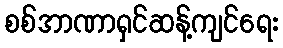
စစ်အာဏာရှင်ဆန့်ကျင်ရေး